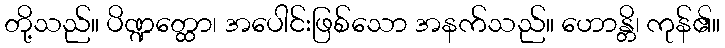
တို့သည်။ ပိဏ္ဍတ္ထော၊ အပေါင်းဖြစ်သော အနက်သည်။ ဟောန္တိ၊ ကုန်၏။